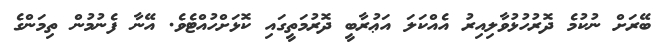
ބޭރަށް ނުކުމެ ދޮރުހުޅުވާލިއިރު އެއްކަލަ އަޢުރާބީ ދޮރުމަތީގައި ކޮޅަށްހުއްޓެވެ. އޭނާ ފެނުމުން ތިމަންގެ